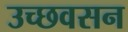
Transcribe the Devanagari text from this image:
उच्छवसन